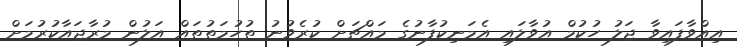
އިއްވާފައިވާ ޖަލު ހުކުމް އުވާލައި އެމަނިކުފާނުގެ މައްޗަށް ކުރެވުނު ތުހުމަތުތައް އަލުން މުރާޖައާކުރުމަށް